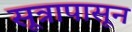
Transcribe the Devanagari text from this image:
सूत्रापासून